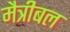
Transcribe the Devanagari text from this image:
मैत्रीबल